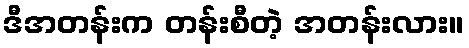
ဒီအတန်းက တန်းစီတဲ့ အတန်းလား။